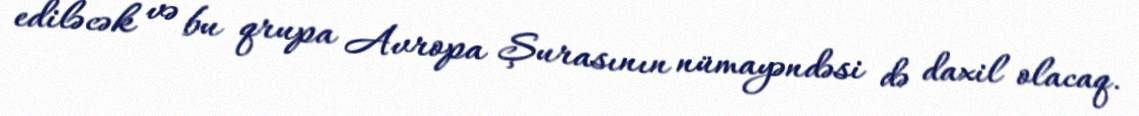
ediləcək və bu qrupa Avropa Şurasının nümayəndəsi də daxil olacaq.